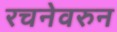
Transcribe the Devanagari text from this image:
रचनेवरुन